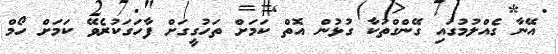
އޭނާ ގެއްލުމުގައި ގޭންގްތަކާ ގުޅުން އޮތް ކަމަށް ތަހުގީގަށް ފާހަގަކުރެވޭ ކަމަށް ހޯމް